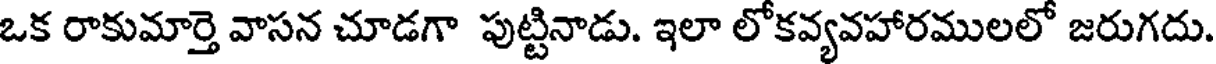
ఒక రాకుమార్తె వాసన చూడగా పుట్టినాడు. ఇలా లోకవ్యవహారములలో జరుగదు.